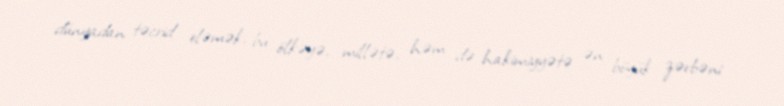
dünyadan təcrid eləmək, bu ölkəyə, millətə, həm də hakimiyyətə ən böyük zərbəni